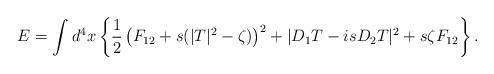
LaTeX: \begin{align*}E = \int d^4x \left\{ \frac12 \left(F_{12}+s(|T|^2-\zeta)\right)^2+|D_1T-isD_2T|^2 + s\zeta F_{12} \right\}.\end{align*}